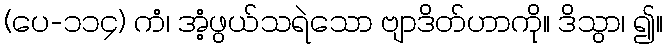
(ပေ-၁၁၄) ကံ၊ အံ့ဖွယ်သရဲသော ဗျာဒိတ်ဟာကို။ ဒိသွာ၊ ၍။